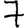
Digit: 7